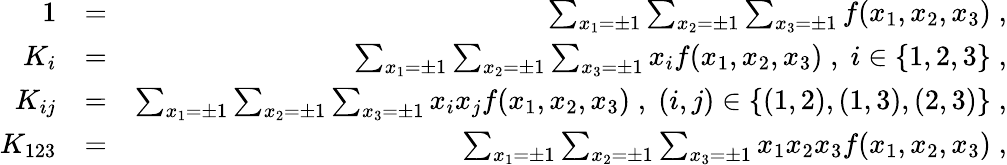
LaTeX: \begin{array}{rlr}{1}&{=}&{\sum_{x_{1}=\pm 1}\sum_{x_{2}=\pm 1}\sum_{x_{3}=\pm 1}f(x_{1},x_{2},x_{3})\; ,}\\ {K_{i}}&{=}&{\sum_{x_{1}=\pm 1}\sum_{x_{2}=\pm 1}\sum_{x_{3}=\pm 1}x_{i}f(x_{1},x_{2},x_{3})\; ,\; i\in\{ 1,2,3\} \; ,}\\ {K_{ij}}&{=}&{\sum_{x_{1}=\pm 1}\sum_{x_{2}=\pm 1}\sum_{x_{3}=\pm 1}x_{i}x_{j}f(x_{1},x_{2},x_{3})\; ,\; (i,j)\in\{ (1,2),(1,3),(2,3)\} \; ,}\\ {K_{123}}&{=}&{\sum_{x_{1}=\pm 1}\sum_{x_{2}=\pm 1}\sum_{x_{3}=\pm 1}x_{1}x_{2}x_{3}f(x_{1},x_{2},x_{3})\; ,}\end{array}